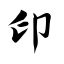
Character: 印